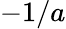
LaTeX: -1/a